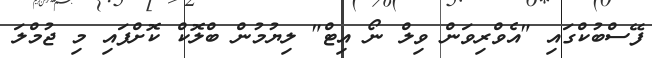
ފޭސްބުކްގައި "އެވްރިވަން ވިލް ނޯ އިޓް" ލިޔުމުން ބްލޮކް ކޮށްފައި މި ޖުމްލަ